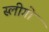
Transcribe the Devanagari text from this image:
स्लीगो